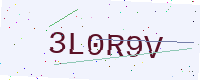
Text: 3L0R9V